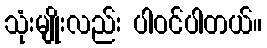
သုံးမျိုးလည်း ပါဝင်ပါတယ်။